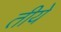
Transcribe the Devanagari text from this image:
तीये